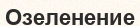
Озеленение